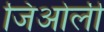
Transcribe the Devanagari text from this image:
जिओली